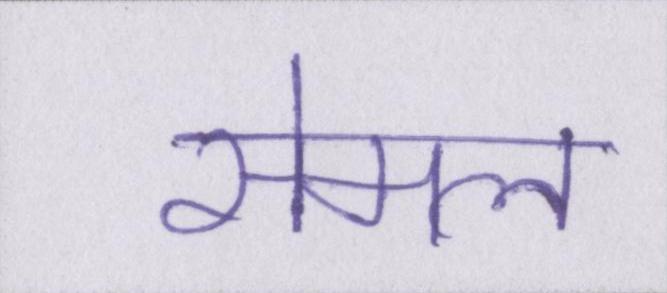
सेमल